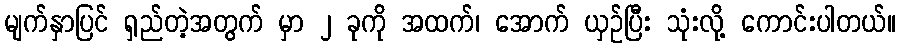
မျက်နှာပြင် ရှည်တဲ့အတွက် မှာ ၂ ခုကို အထက်၊ အောက် ယှဉ်ပြီး သုံးလို့ ကောင်းပါတယ်။